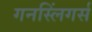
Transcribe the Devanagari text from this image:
गनस्लिंगर्स